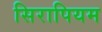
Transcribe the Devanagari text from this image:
सिरापियम